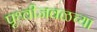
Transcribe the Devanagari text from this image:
पृथ्वीजवळच्या